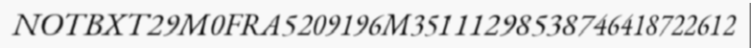
NOTBXT29M0FRA5209196M35111298538746418722612